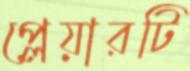
প্লেয়ারটি